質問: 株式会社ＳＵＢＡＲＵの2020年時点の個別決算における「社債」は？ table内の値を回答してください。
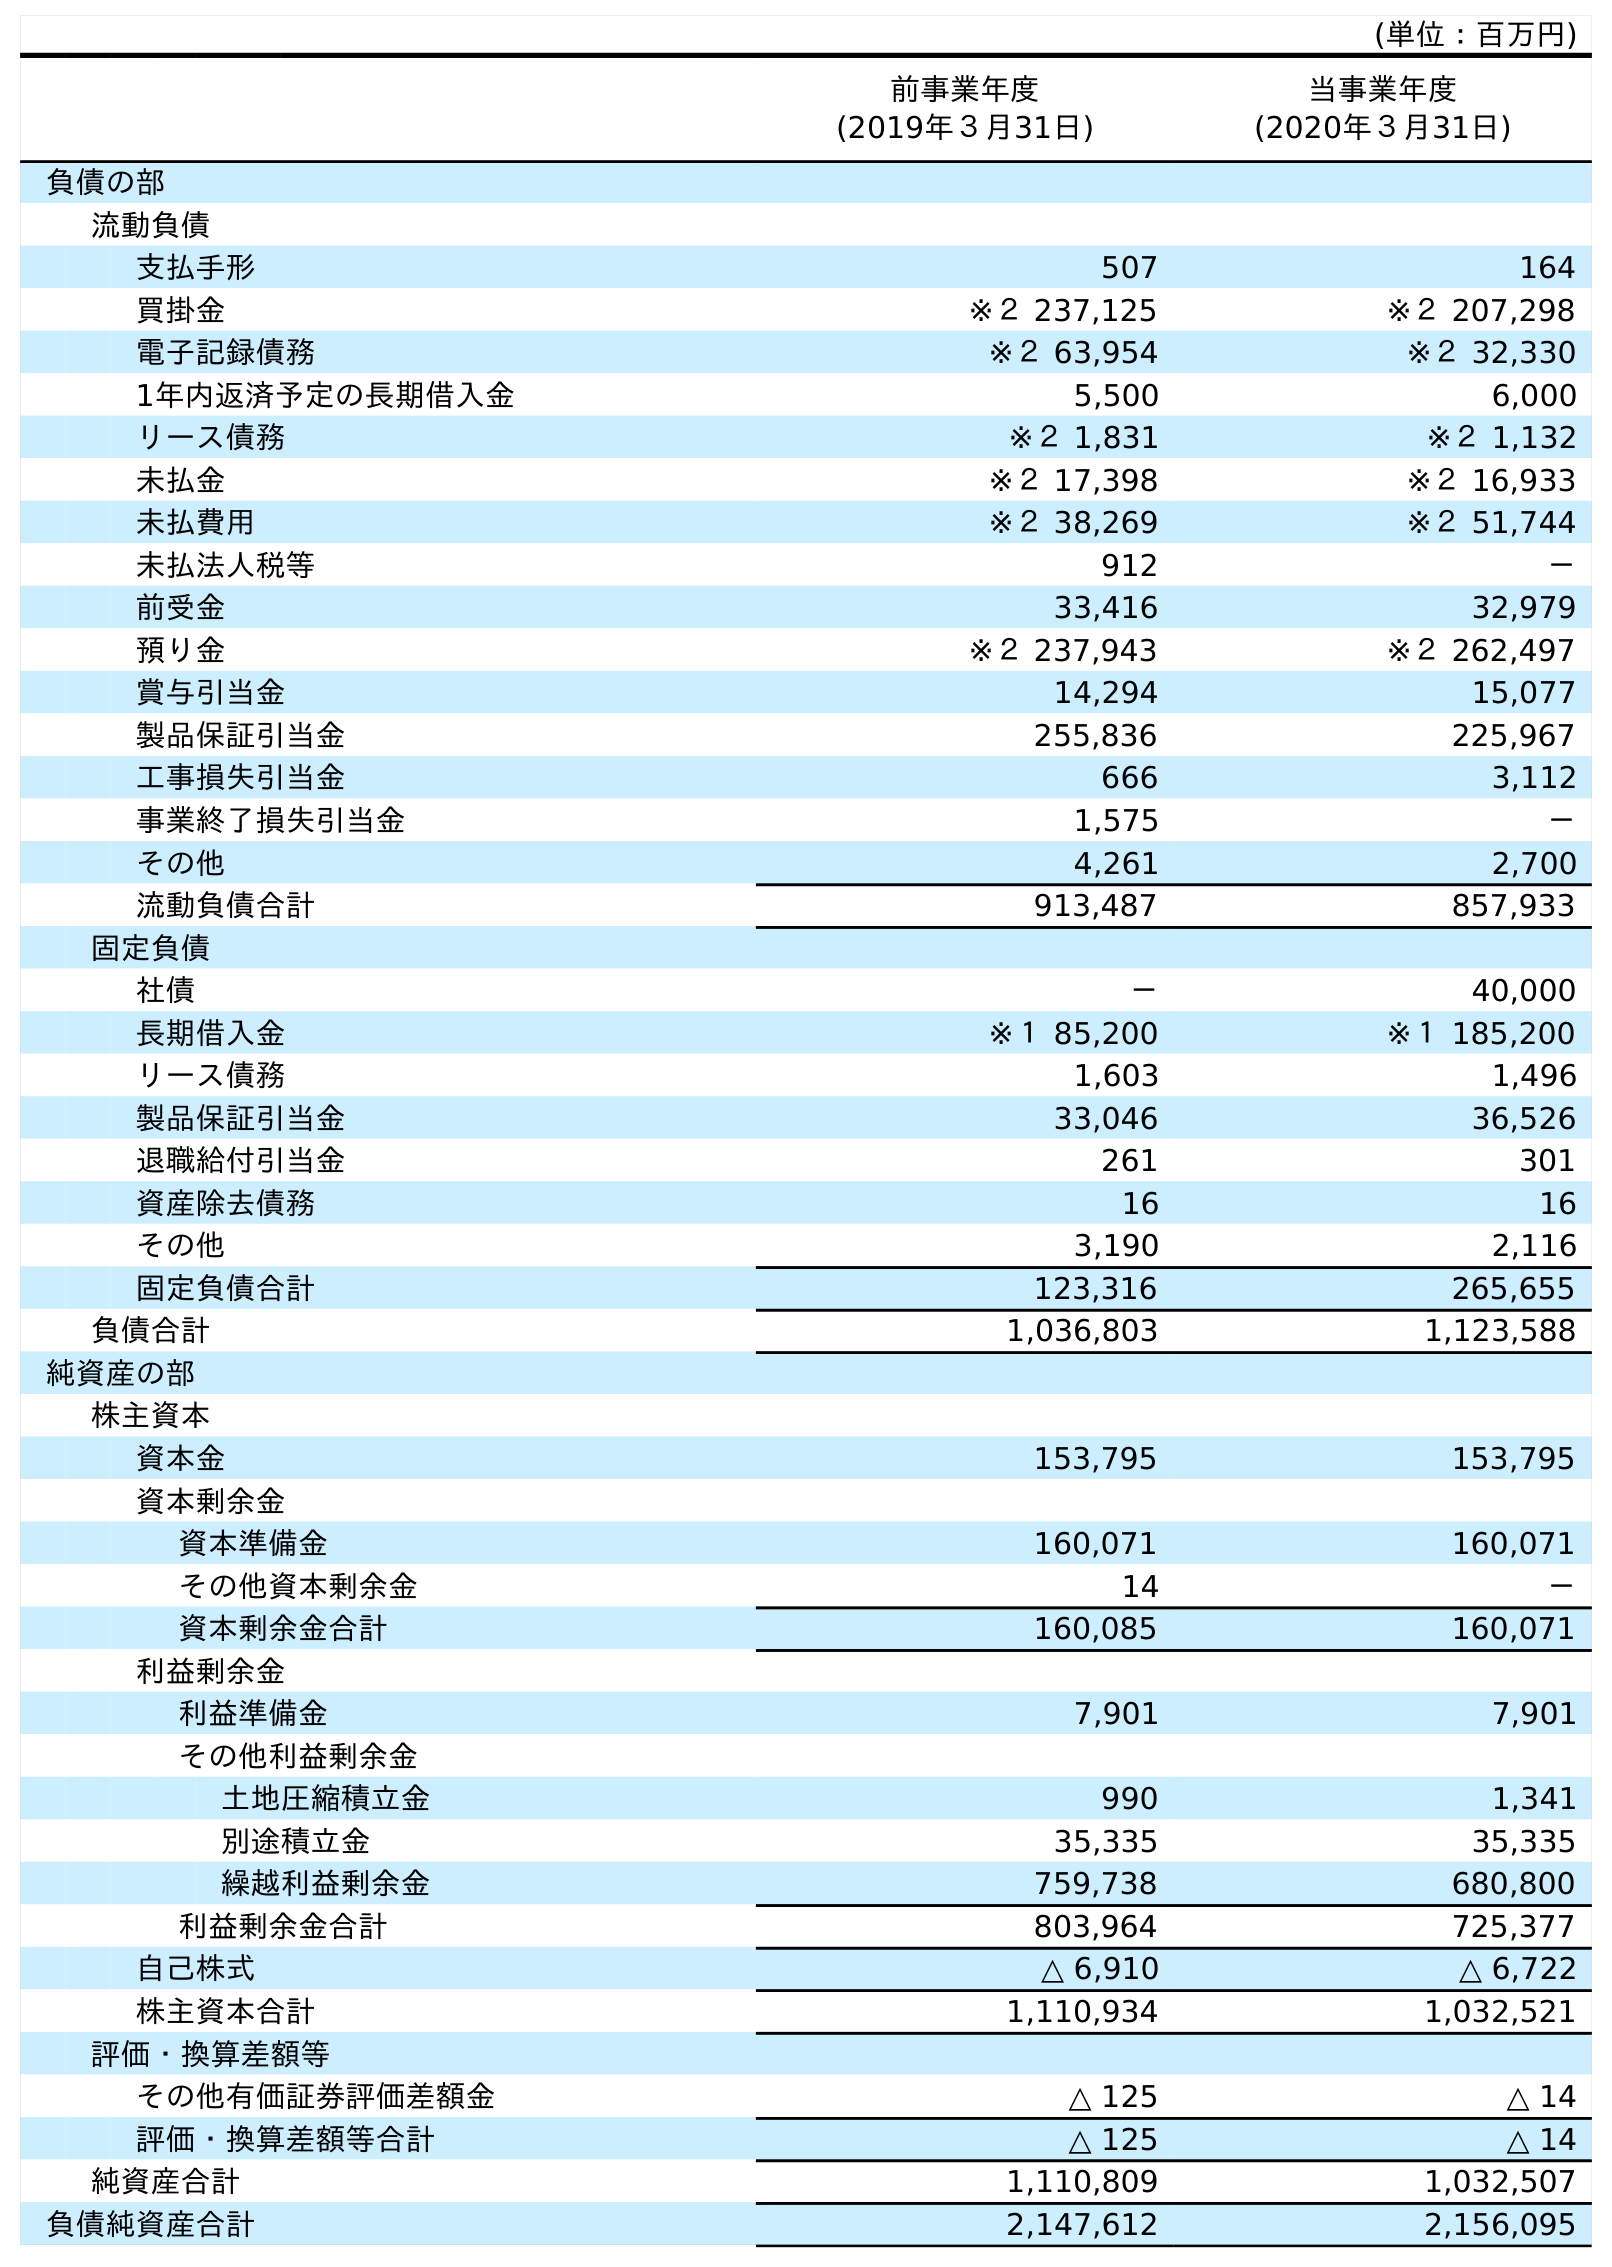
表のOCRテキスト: (単位：百万円) 前事業年度 (2019年３月31日) 当事業年度 (2020年３月31日) 負債の部 流動負債 支払手形 507 164 買掛金 ※２ 237,125 ※２ 207,298 電子記録債務 ※２ 63,954 ※２ 32,330 1年内返済予定の長期借入金 5,500 6,000 リース債務 ※２ 1,831 ※２ 1,132 未払金 ※２ 17,398 ※２ 16,933 未払費用 ※２ 38,269 ※２ 51,744 未払法人税等 912 － 前受金 33,416 32,979 預り金 ※２ 237,943 ※２ 262,497 賞与引当金 14,294 15,077 製品保証引当金 255,836 225,967 工事損失引当金 666 3,112 事業終了損失引当金 1,575 － その他 4,261 2,700 流動負債合計 913,487 857,933 固定負債 社債 － 40,000 長期借入金 ※１ 85,200 ※１ 185,200 リース債務 1,603 1,496 製品保証引当金 33,046 36,526 退職給付引当金 261 301 資産除去債務 16 16 その他 3,190 2,116 固定負債合計 123,316 265,655 負債合計 1,036,803 1,123,588 純資産の部 株主資本 資本金 153,795 153,795 資本剰余金 資本準備金 160,071 160,071 その他資本剰余金 14 － 資本剰余金合計 160,085 160,071 利益剰余金 利益準備金 7,901 7,901 その他利益剰余金 土地圧縮積立金 990 1,341 別途積立金 35,335 35,335 繰越利益剰余金 759,738 680,800 利益剰余金合計 803,964 725,377 自己株式 △ 6,910 △ 6,722 株主資本合計 1,110,934 1,032,521 評価・換算差額等 その他有価証券評価差額金 △ 125 △ 14 評価・換算差額等合計 △ 125 △ 14 純資産合計 1,110,809 1,032,507 負債純資産合計 2,147,612 2,156,095
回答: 40,000